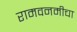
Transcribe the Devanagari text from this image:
रामवनमीचा